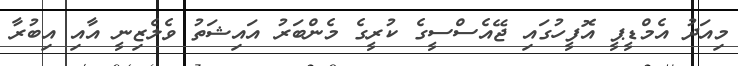
މިއަދު އެމްޑީޕީ އޮފީހުގައި ޖޭއެސްސީގެ ކުރީގެ މެންބަރު އައިޝަތު ވެލެޒިނީ އާއި އިބުރާ